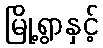
မြို့ရွာနှင့်